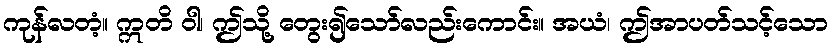
ကုန်လတံ့။ ဣတိ ဝါ၊ ဤသို့ တွေး၍သော်လည်းကောင်း။ အယံ၊ ဤအာပတ်သင့်သော